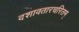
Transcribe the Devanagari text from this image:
दशावतारचरितम्